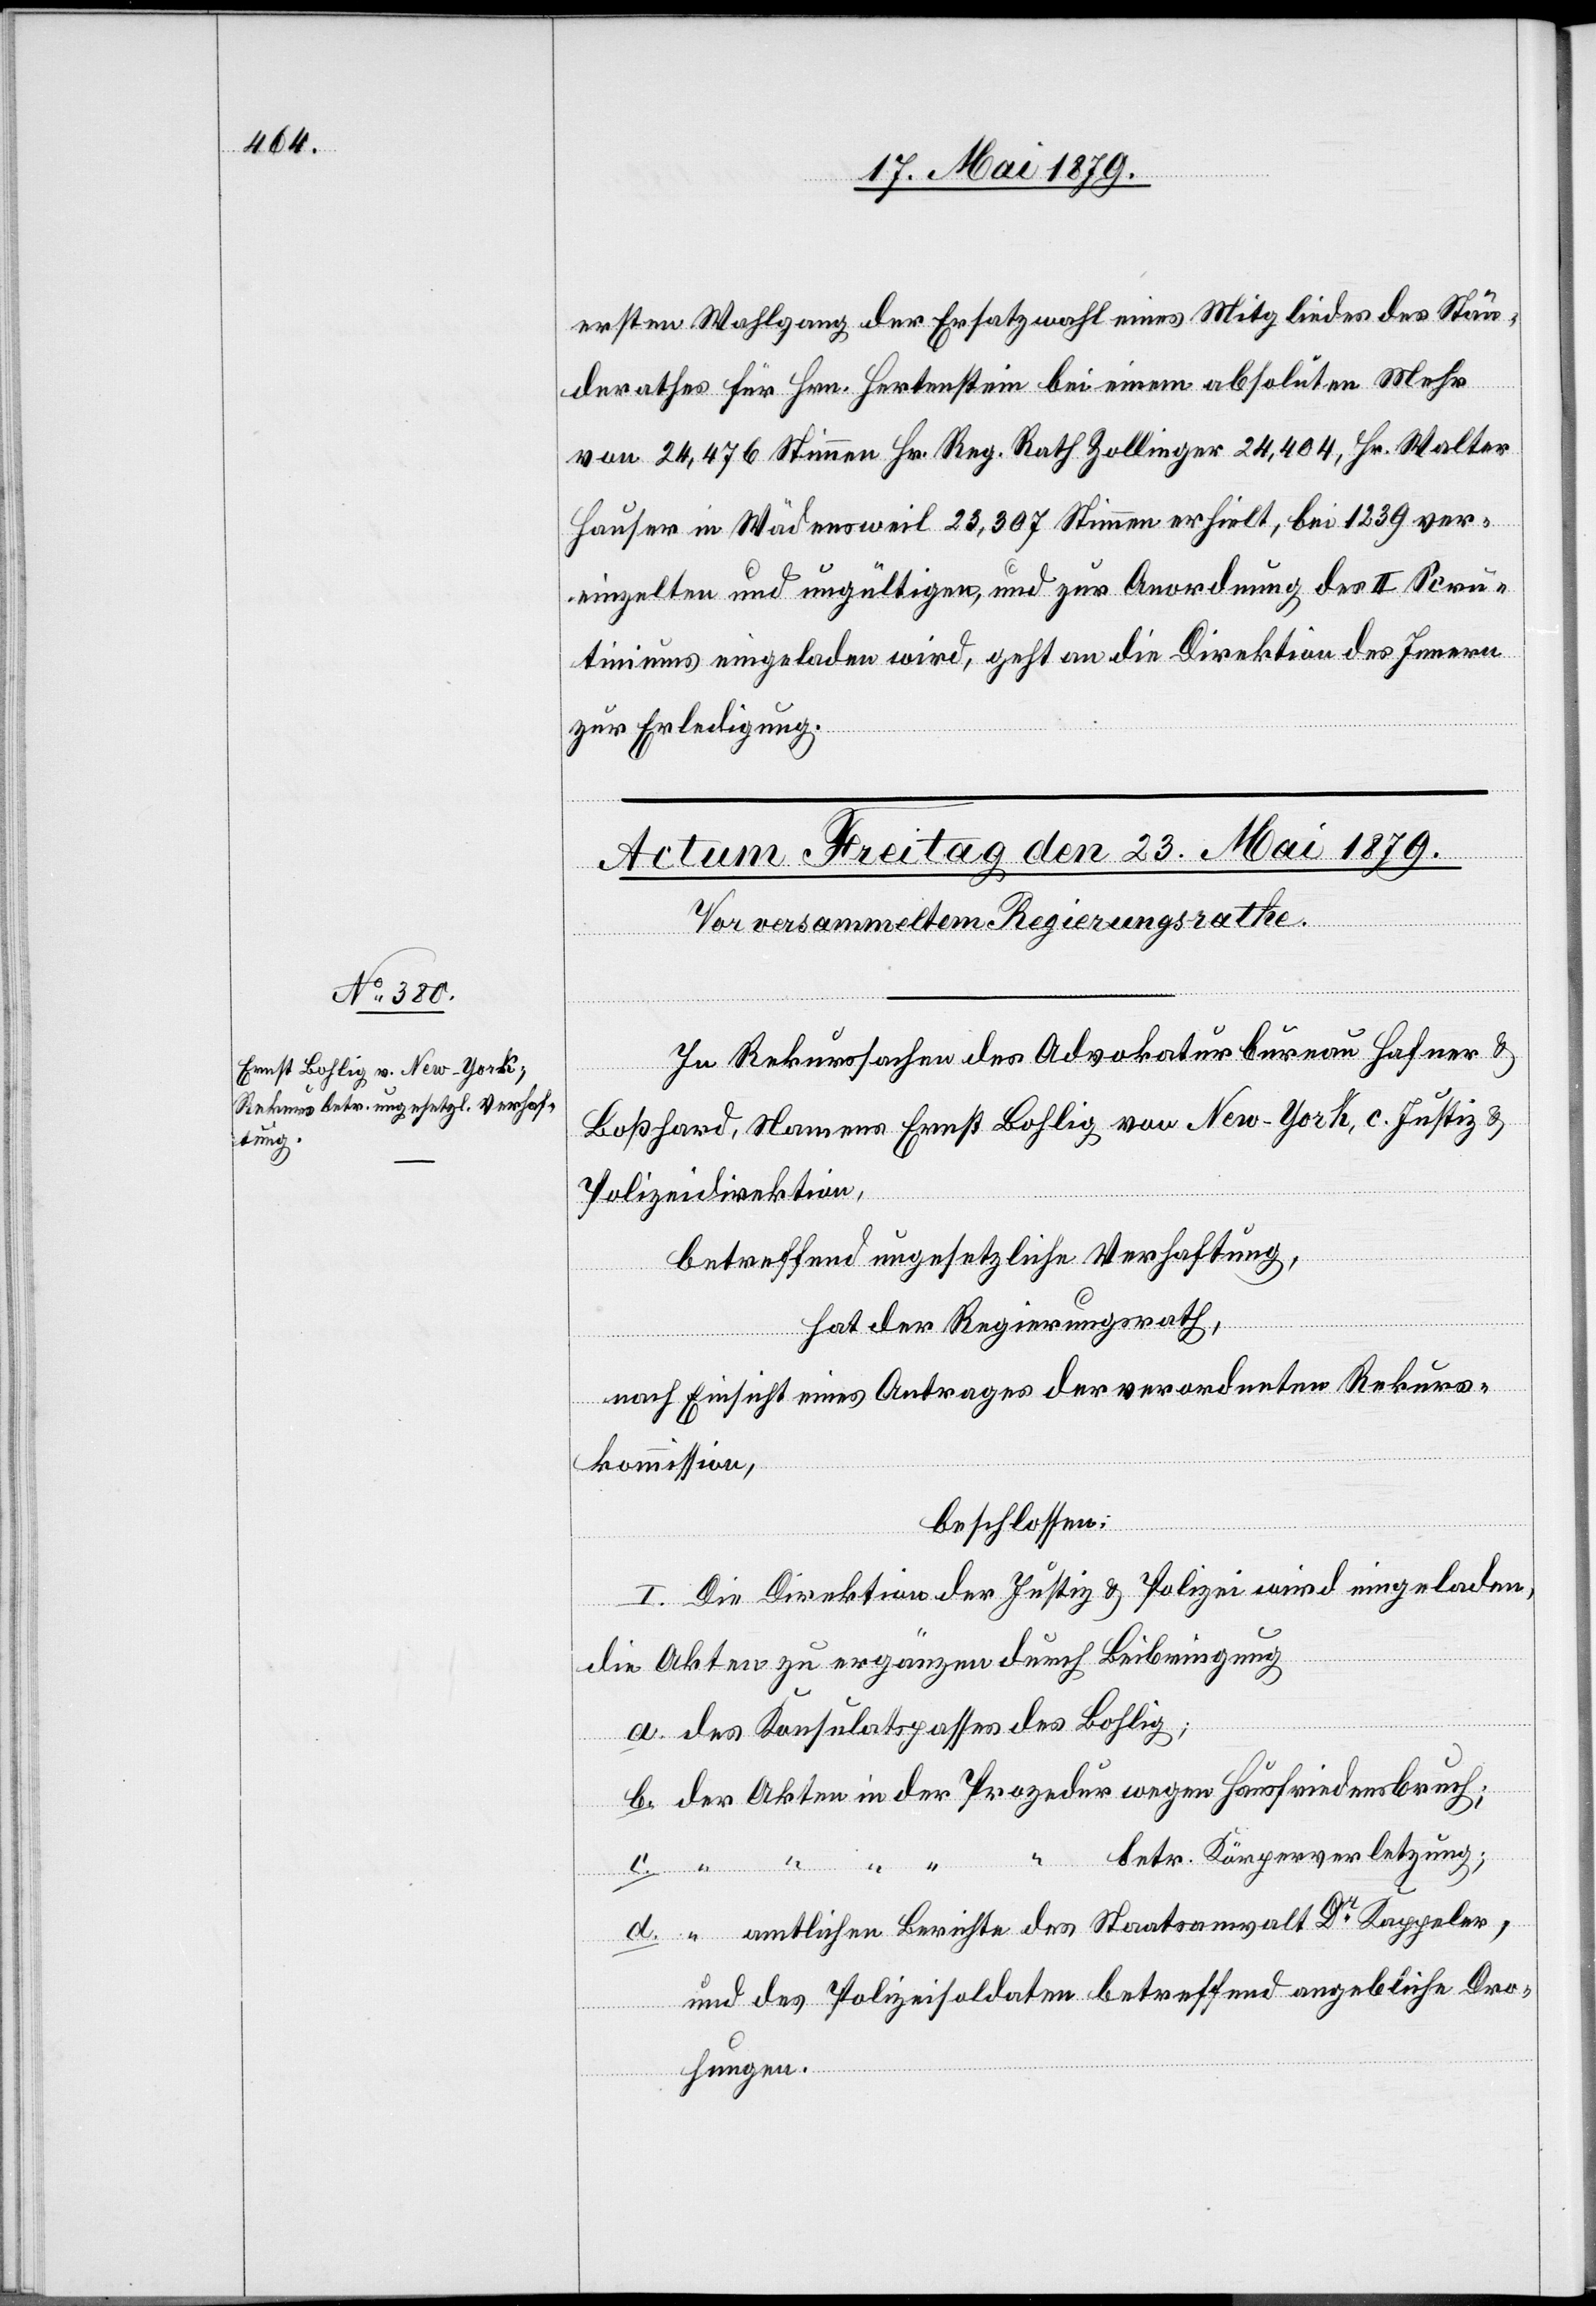
“

ersten Wahlgang der Ersatzwahl eines Mitgliedes des Stän¬
derathes für Hrn. Hertenstein bei einem absoluten Mehr
von 24,476 Stimmen Hr. Reg. Rath Zollinger 24,404, Hr. Walter
Hauser in Wädensweil 23,307 Stimmen erhielt, bei 1239 ver¬
einzelten und ungültigen, und zur Anordnung des II. Scru¬
tiniums eingeladen wird, geht an die Direktion des Innern
zur Erledigung.
In Rekurssachen des Advokaturbureau Hafner &
Boßhard, Namens Ernst Bohlig von New-York, c. Justiz[-]
Polizeidirektion,
betreffend ungesetzliche Verhaftung,
hat der Regierungsrath,
nach Einsicht eines Antrages der verordneten Rekurs¬
kommission,
beschlossen:
I. Die Direktion der Justiz & Polizei wird eingeladen,
c.
die Akten zu ergänzen durch Beibringung
a. des Konsulatspasses des Bohlig;
b. der Akten in der Prozedur wegen Hausfriedensbruch,
betr. Körperverletzung;
d. “ amtlichen Berichte des Staatsanwaltschaft Dr Kappeler,
und des Polizeisoldaten betreffend angebliche Dro¬
hungen.